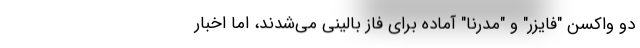
دو واکسن "فایزر" و "مدرنا" آماده برای فاز بالینی می‌شدند، اما اخبار